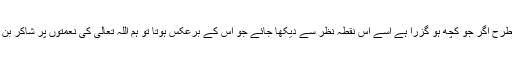
بالکل اسی طرح اگر جو کچھ ہو گزرا ہے اسے اس نقطہ نظر سے دیکھا جائے جو اس کے برعکس ہوتا تو ہم اللہ تعالیٰ کی نعمتوں پر شاکر بن جائیں گے۔